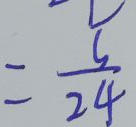
= \frac { 5 } { 2 4 }